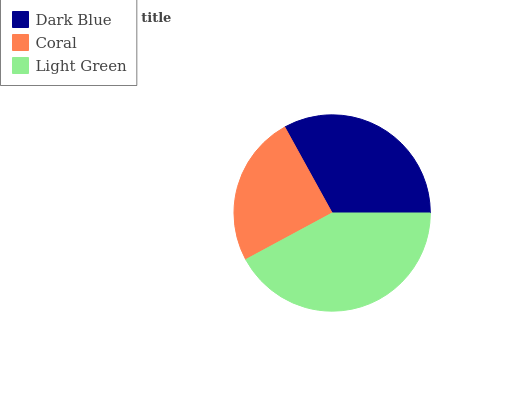
| Dark Blue | Coral | Light Green |
 | --- | --- | --- |
 | 33% | 24.8% | 42.2% |